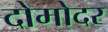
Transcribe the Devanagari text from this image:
दोमोदर